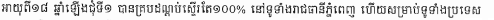
អាយុពី១៨ ឆ្នាំឡើងជុំទី១ បានគ្របដណ្ដប់ស្ទើរតែ១០០% នៅទូទាំងរាជធានីភ្នំពេញ ហើយសម្រាប់ទូទាំងប្រទេស